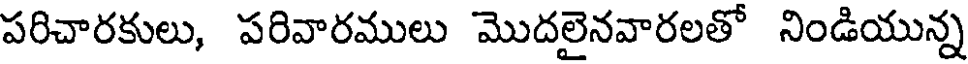
పరిచారకులు, పరివారములు మొదలైనవారలతో నిండియున్న